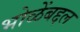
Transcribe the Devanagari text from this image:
भोळेंबद्दल